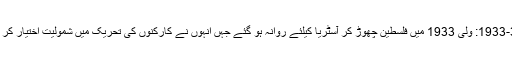
1933-39: ولی 1933 میں فلسطین چھوڑ کر آسٹریا کیلئے روانہ ہو گئے جہں اُنہوں نے کارکنوں کی تحریک میں شمولیت اختیار کر لی۔